Civil Veterinary Dept. Bombay admin report 1923-31 - 1923-1931
Year: 1923
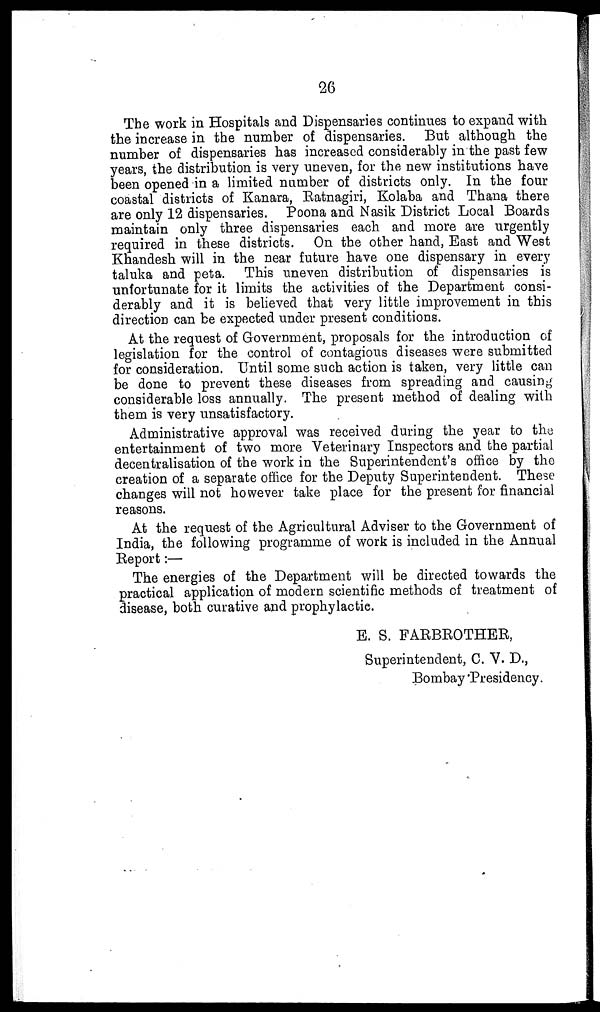
26
The work in Hospitals and Dispensaries continues to expand with
the increase in the number of dispensaries. But although the
number of dispensaries has increased considerably in the past few
years, the distribution is very uneven, for the new institutions have
been opened in a limited number of districts only. In the four
coastal districts of Kanara, Ratnagiri, Kolaba and Thana there
are only 12 dispensaries. Poona and Nasik District Local Boards
maintain only three dispensaries each and more are urgently
required in these districts. On the other hand, Bast and West
Khandesh will in the near future have one dispensary in every
taluka and peta. This uneven distribution of dispensaries is
unfortunate for it limits the activities of the Department consi-
derably and it is believed that very little improvement in this
direction can be expected under present conditions.
At the request of Government, proposals for the introduction of
legislation for the control of contagious diseases were submitted
for consideration. Until some such action is taken, very little can
be done to prevent these diseases from spreading and causing
considerable loss annually. The present method of dealing with
them is very unsatisfactory.
Administrative approval was received during the year to the
entertainment of two more Veterinary Inspectors and the partial
decentralisation of the work in the Superintendent's office by the
creation of a separate office for the Deputy Superintendent. These
changes will not however take place for the present for financial
reasons.
At the request of the Agricultural Adviser to the Government of
India, the following programme of work is included in the Annual
Report:—
The energies of the Department will be directed towards the
practical application of modern scientific methods of treatment of
disease, both curative and prophylactic
E. S. FARBEOTHER,
Superintendent, C. V. D.,
Bombay Presidency.